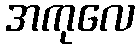
အကုလေ